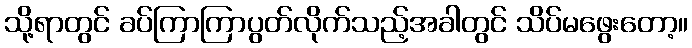
သို့ရာတွင် ခပ်ကြာကြာပွတ်လိုက်သည့်အခါတွင် သိပ်မဖွေးတော့။